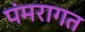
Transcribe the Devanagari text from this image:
पंमरागत